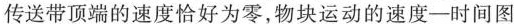
传送带顶端的速度恰好为零，物块运动的速度-时间图